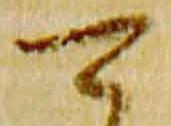
可